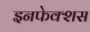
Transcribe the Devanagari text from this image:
इनफेक्शस